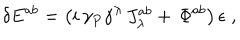
\delta E ^ { a b } = \left( i \, \gamma _ { P } \gamma ^ { \lambda } \, J _ { \lambda } ^ { a b } + \, \Phi ^ { a b } \right) \epsilon \; ,